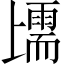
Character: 𱍩